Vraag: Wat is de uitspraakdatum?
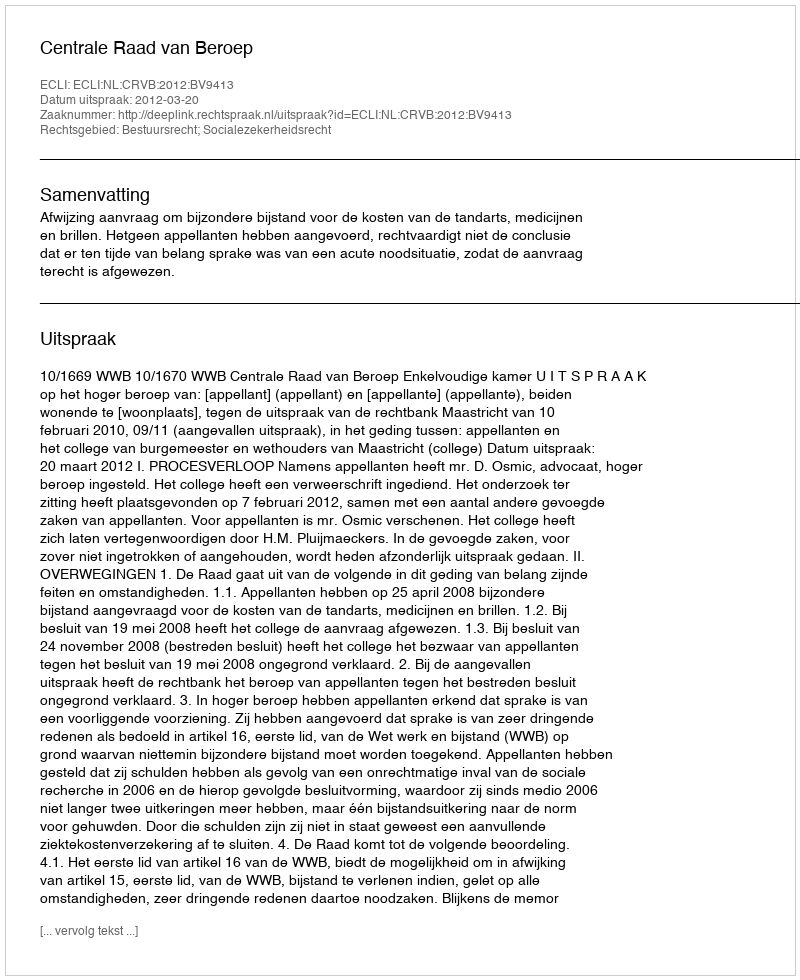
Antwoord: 2012-03-20